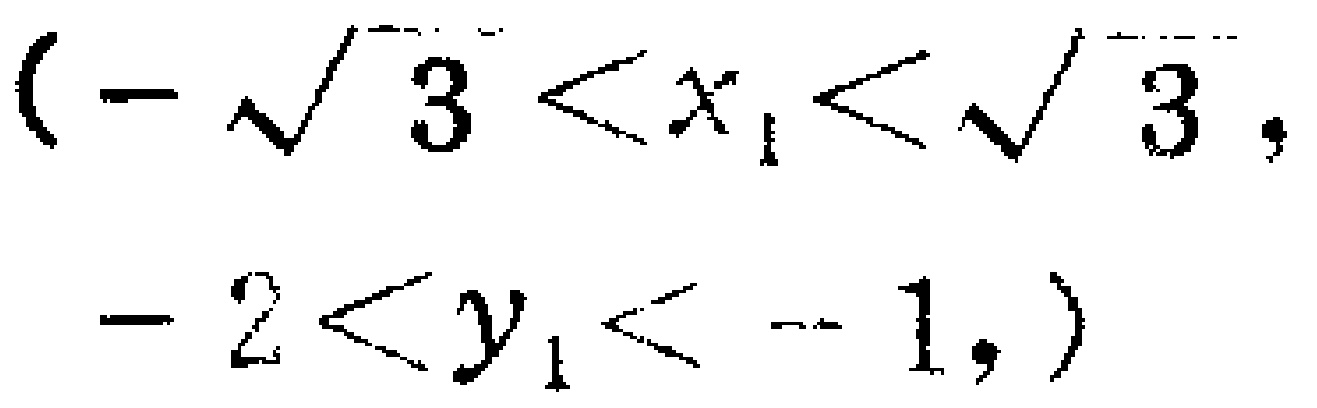
\((-\sqrt{3}<x_{1}<\sqrt{3},-2 < y_{1} < -1,)\)